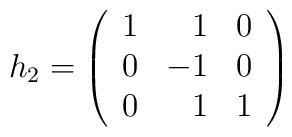
h_2=\left(\begin{array}{rrr}1 & 1 & 0\\0 & -1 & 0\\0 & 1 & 1\end{array}\right)